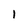
Character: 1